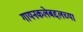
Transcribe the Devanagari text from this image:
गायनकलेबद्दलच्या